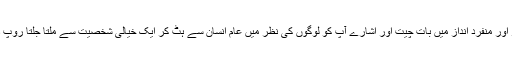
ڈرامائی انداز اور منفرد انداز میں بات چیت اور اشارے آپ کو لوگوں کی نظر میں عام انسان سے ہٹ کر ایک خیالی شخصیت سے ملتا جلتا روپ دے دیں گے۔